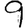
Digit: 9